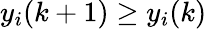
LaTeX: y_{i}(k+1)\geq y_{i}(k)